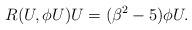
LaTeX: \begin{align*}R(U,\phi U)U=(\beta^2-5)\phi U.\end{align*}